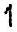
1